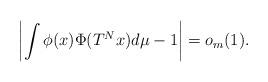
LaTeX: \begin{align*} \left| \int \phi(x) \Phi(T^N x) d\mu - 1 \right| =o_m(1).\end{align*}